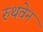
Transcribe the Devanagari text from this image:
रुथवेन